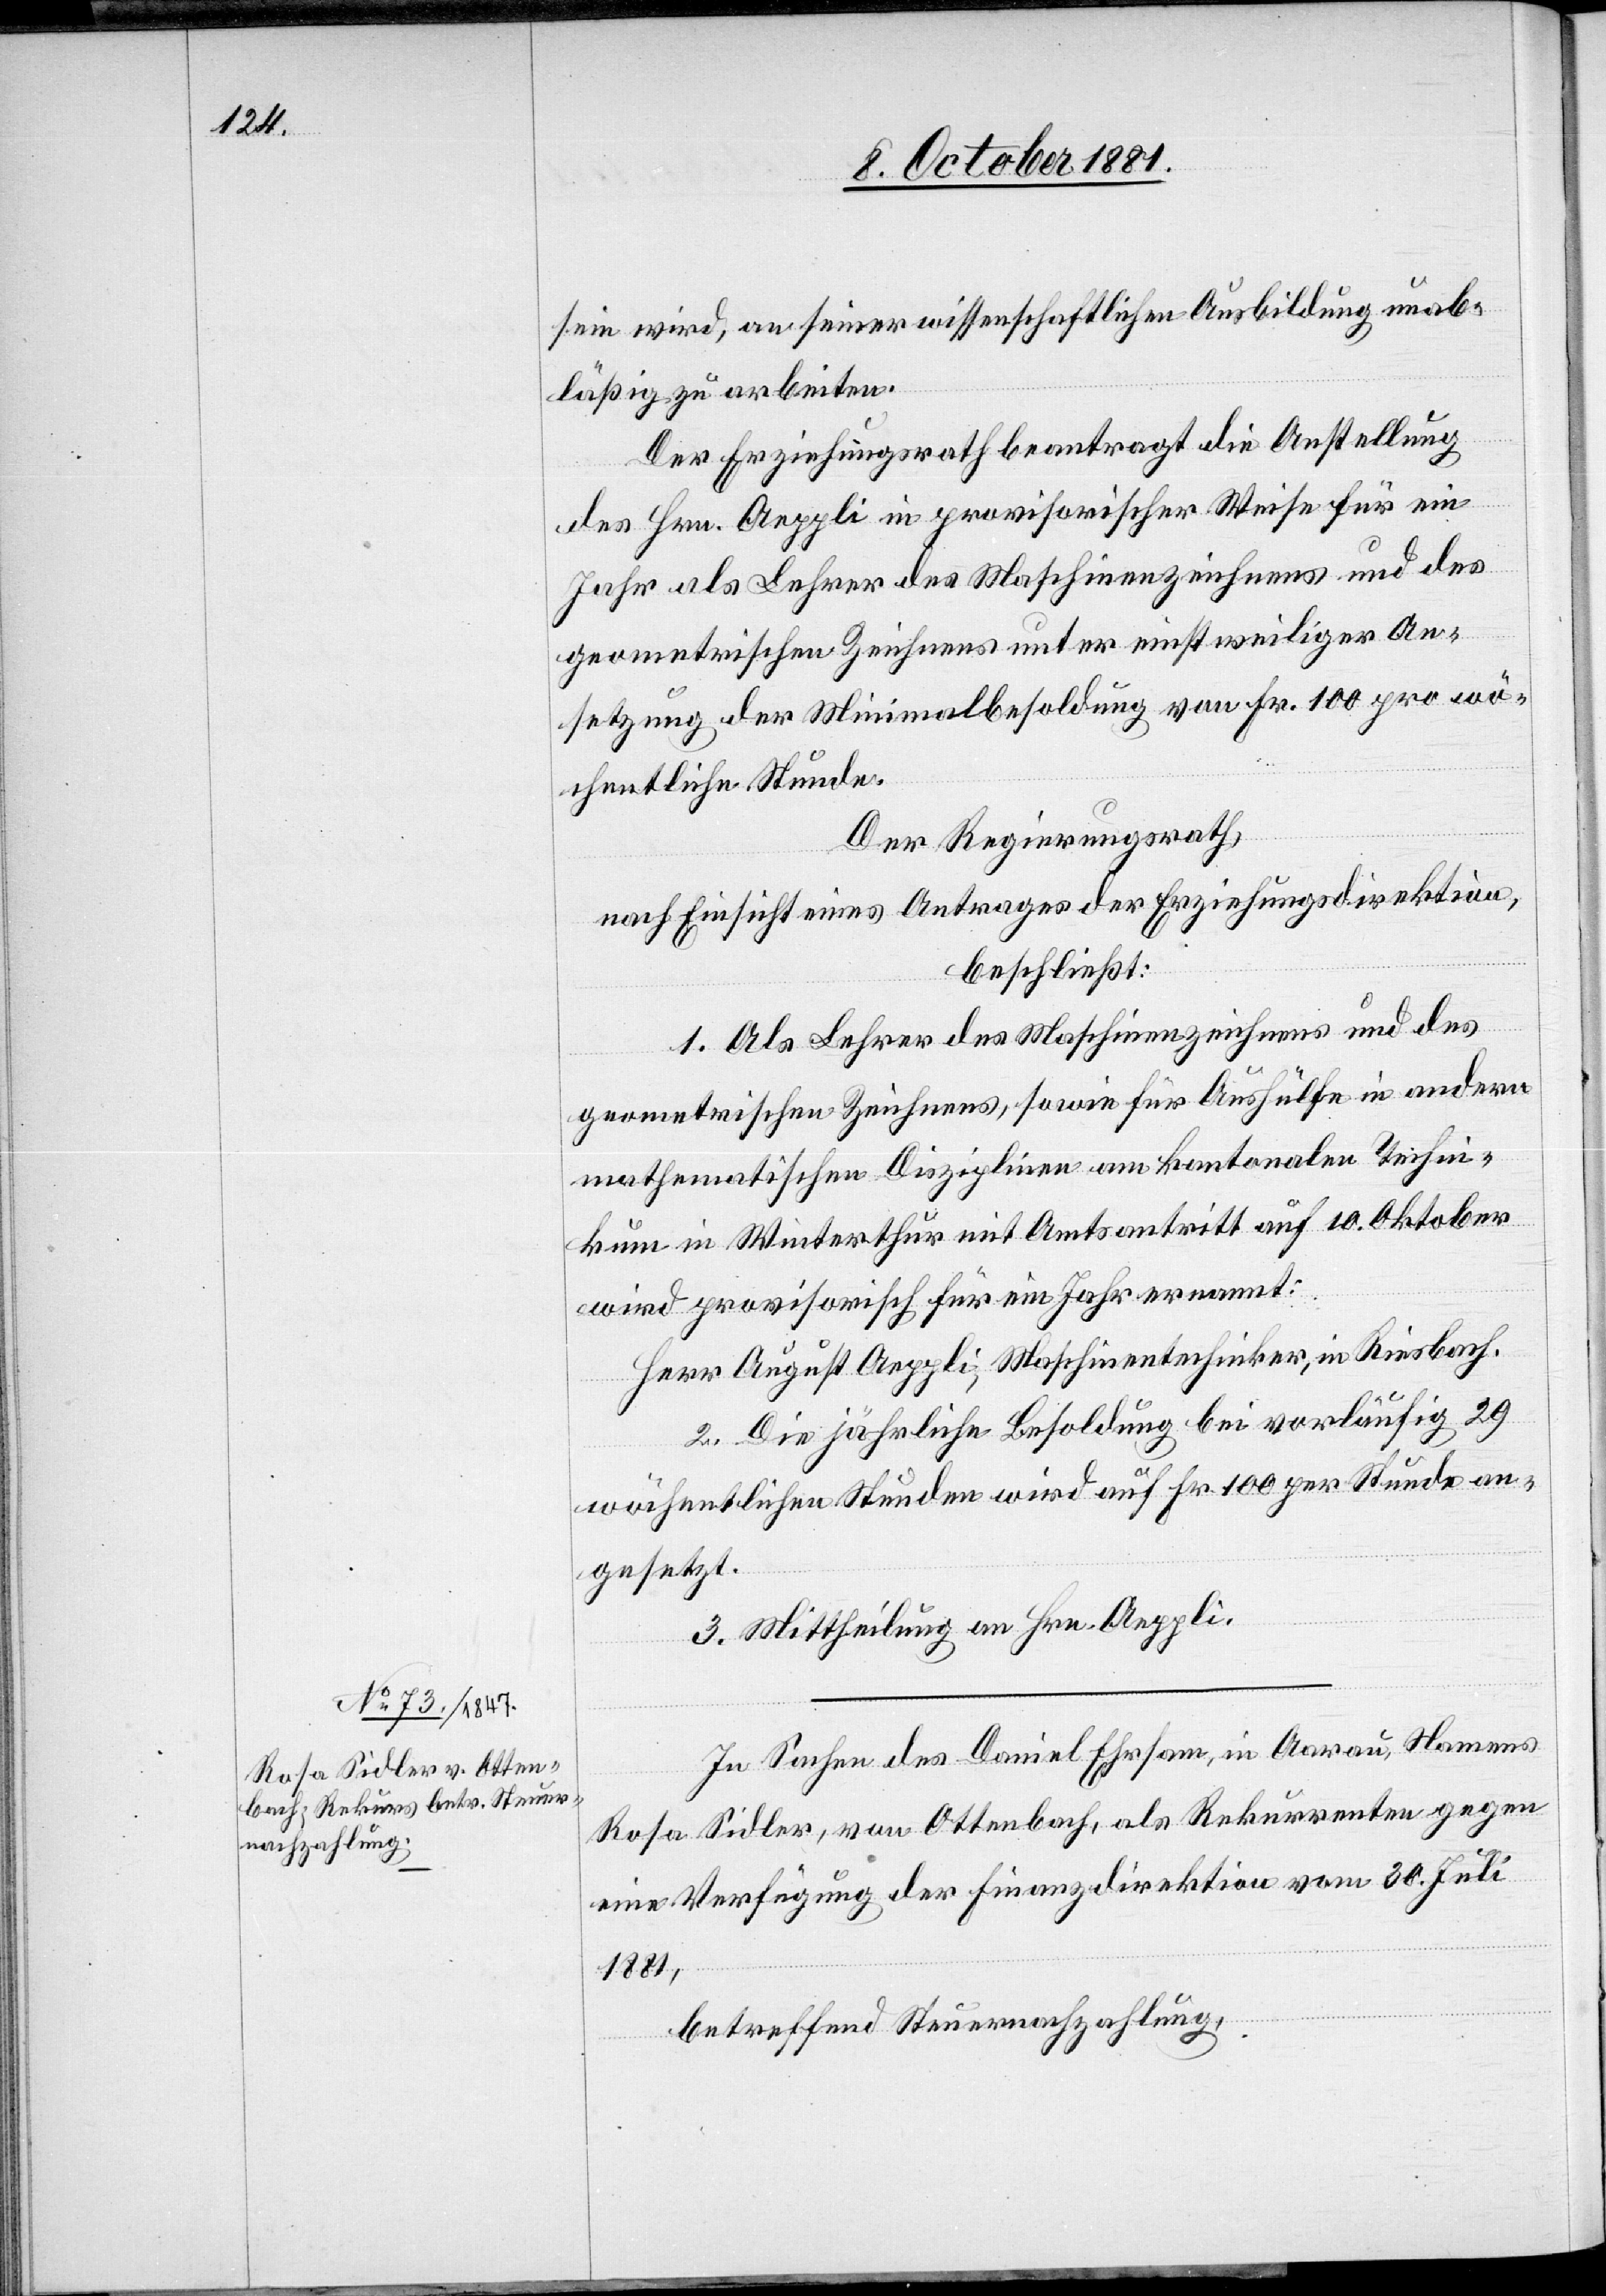
sein wird, an seiner wissenschaftlichen Ausbildung unab¬
läßig zu arbeiten.
Der Erziehungsrath beantragt die Anstellung
des Hrn. Aeppli in provisorischer Weise für ein
Jahr als Lehrer des Maschinenzeichnens und des
geometrischen Zeichnens unter einstweiliger An¬
setzung der Minimalbesoldung von Fr. 100 pro wö¬
chentliche Stunde.
Der Regierungsrath,
nach Einsicht eines Antrages der Erziehungsdirektion,
beschließt:
1. Als Lehrer des Maschinenzeichnens und des
geometrischen Zeichnens, sowie für Aushülfe in andern
mathematischen Disziplinen am kantonalen Techni¬
kum in Winterthur mit Amtsantritt auf 10. Oktober
wird provisorisch für ein Jahr ernannt:
Herr August Aeppli, Maschinentechniker, in Riesbach.
2. Die jährliche Besoldung bei vorläufig 29
wöchentlichen Stunden wird auf Fr. 100 per Stunde an¬
gesetzt.
3. Mittheilung an Hrn. Aeppli.
In Sachen des Daniel Ehrsam, in Aarau, Namens
Rosa Sidler, von Ottenbach, als Rekurrenten gegen
eine Verfügung der Finanzdirektion vom 30. Juli
1881,
betreffend Steuernachzahlung,